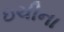
ઇચીના